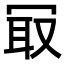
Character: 冣